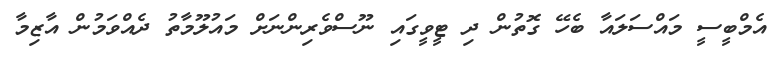
އެމްބީސީ މައްސަލައާ ބެހޭ ގޮތުން ދި ޓީވީގައި ނޫސްވެރިންނަށް މައުލޫމާތު ދެއްވަމުން އާޒިމާ